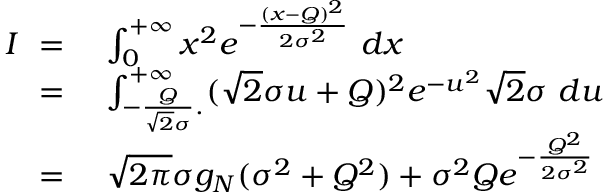
\begin{array} { r l } { I \ = \ } & { \int _ { 0 } ^ { + \infty } x ^ { 2 } e ^ { - \frac { ( x - Q ) ^ { 2 } } { 2 \sigma ^ { 2 } } } \ d x } \\ { \ = \ } & { \int _ { - \frac { Q } { \sqrt { 2 } \sigma } . } ^ { + \infty } ( \sqrt { 2 } \sigma u + Q ) ^ { 2 } e ^ { - u ^ { 2 } } \sqrt { 2 } \sigma \ d u } \\ { \ = \ } & { \sqrt { 2 \pi } \sigma g _ { N } ( \sigma ^ { 2 } + Q ^ { 2 } ) + \sigma ^ { 2 } Q e ^ { - \frac { Q ^ { 2 } } { 2 \sigma ^ { 2 } } } } \end{array}